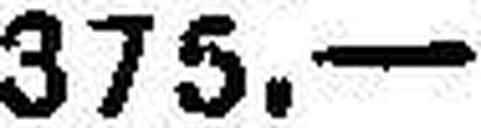
375.—